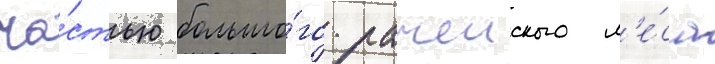
ча́стью большо́го рачеиского л'е́са